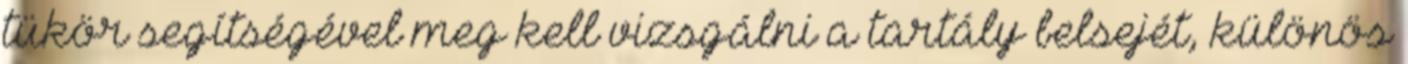
tükör segítségével meg kell vizsgálni a tartály belsejét, különös